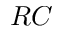
R C